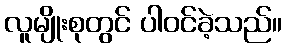
လူမျိုးစုတွင် ပါဝင်ခဲ့သည်။